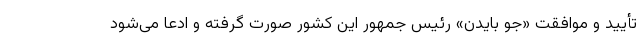
تأیید و موافقت «جو بایدن» رئیس جمهور این کشور صورت گرفته و ادعا می‌شود